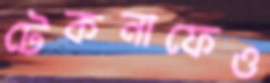
টেকনাফেও